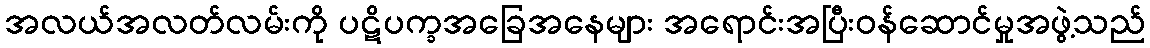
အလယ်အလတ်လမ်းကို ပဋိပက္ခအခြေအနေများ အရောင်းအပြီးဝန်ဆောင်မှုအဖွဲ့သည်